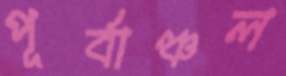
পূর্বাঞ্চল